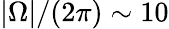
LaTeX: |\Omega|/(2\pi)\sim 10